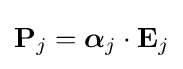
\mathbf {P} _{j}={\boldsymbol {\alpha }}_{j}\cdot \mathbf {E} _{j}